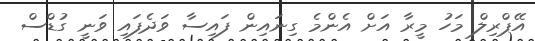
އޭޕްރިލް މަހު މީރާ އަށް އެންމެ ގިނައިން ފައިސާ ވަދެފައި ވަނީ ގުޑްސް